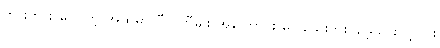
ဘွားဘွား ပြောတဲ့ အထဲမှာ ဝီလ်ကီမျိုး အကြောင်း မပါသေးဘူး၊ မေ့သွားလို့လား